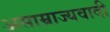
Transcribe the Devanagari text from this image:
असाम्राज्यवादी